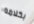
بكلامه